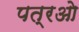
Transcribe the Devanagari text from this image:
पत्रओ